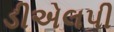
ડીએલપી